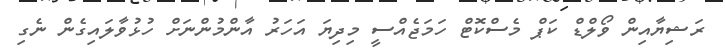
ރަޝިޔާއިން ވޯލްޑް ކަޕް މެސްކޮޓް ހަމަޖެއްސީ މިދިޔަ އަހަރު އާންމުންނަށް ހުޅުވާލައިގެން ނެގި